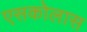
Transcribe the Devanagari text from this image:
एसकोलास